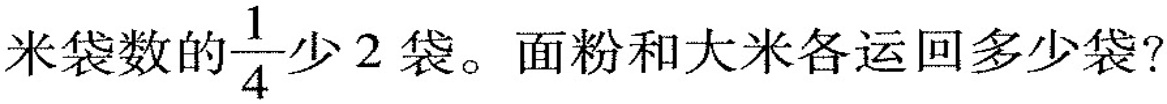
米袋数的\frac{1}{4} 少2袋。面粉和大米各运回多少袋?